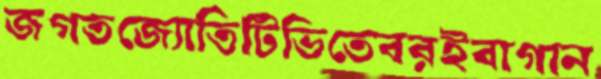
জগতজ্যোতিটিভিতেবরইবাগান